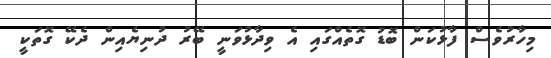
މިހާރުވެސް ފާޅުކަން ބޮޑު ގޮތެއްގައި އެ ވިދާޅުވަނީ ބޭރު ދުނިޔެއިން ދެކޭ ގޮތަކީ